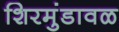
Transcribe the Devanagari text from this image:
शिरमुंडावळ